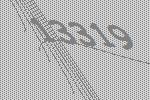
13319